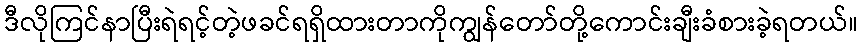
ဒီလိုကြင်နာပြီးရဲရင့်တဲ့ဖခင်ရရှိထားတာကိုကျွန်တော်တို့ကောင်းချီးခံစားခဲ့ရတယ်။